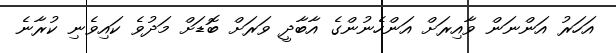
އަހަރު އަންނަން ވާއިރަށް އަންހެނުންގެ އާބާދީ ވަރަށް ބޮޑަށް މަދުވެ ކައިވެނި ކުރާނެ